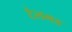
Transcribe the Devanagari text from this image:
टैलमड